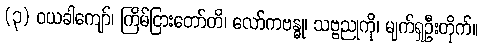
(၃) ဝယခါကျော်၊ ကြိမ်ငြားတော်တိ၊ လော်ကဗန္ဓု၊ သဗ္ဗညုကို၊ မျက်ရှဦးတိုက်။